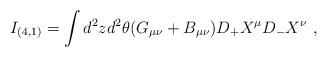
LaTeX: \begin{align*}I_{(4,1)} = \int d^2 z d^2 \theta (G_{\mu\nu} + B_{\mu\nu}) D_+X^\mu D_-X^\nu\ ,\end{align*}